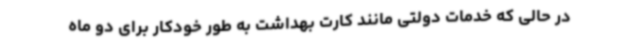
در حالی که خدمات دولتی مانند کارت بهداشت به طور خودکار برای دو ماه